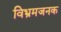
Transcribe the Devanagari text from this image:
विभ्रमजनक